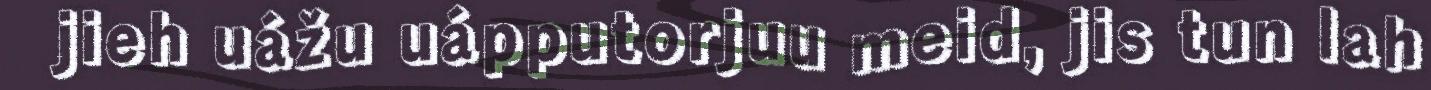
jieh uážu uápputorjuu meid, jis tun lah